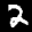
Label: 2